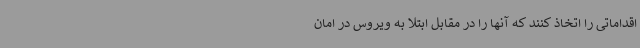
اقداماتی را اتخاذ کنند که آنها را در مقابل ابتلا به ویروس در امان